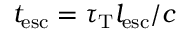
t _ { \mathrm { e s c } } = \tau _ { \mathrm { T } } l _ { \mathrm { e s c } } / c